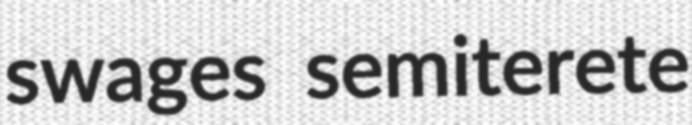
swages semiterete